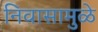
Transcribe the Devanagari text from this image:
निवासामुळे